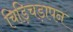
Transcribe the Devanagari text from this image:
चिड़िचड़ापन